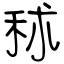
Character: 秫